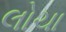
લોચા